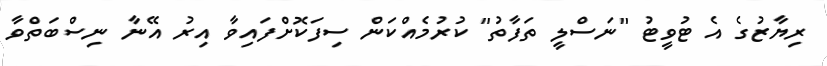
ރިޔާޒުގެ އެ ޓުވީޓު "ނަސްލީ ތަފާތު" ކުރުމެއްކަން ސިފަކޮށްފައިވާ އިރު އޭނާ ނިސްބަތްވާ